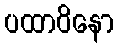
ပထာဝိနော